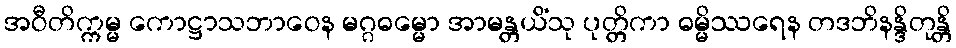
အဝီတိက္ကမ္မ ကောဋ္ဌာသဘာဝေန မဂ္ဂဓမ္မော အာမန္တယိံသု ပုတ္တိကာ ဓမ္မိဿရေန တဒဘိနန္ဒိတုန္တိ